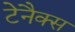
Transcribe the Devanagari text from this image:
टेनैक्स